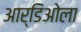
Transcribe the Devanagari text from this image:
आर्डिओला